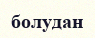
болудан